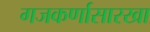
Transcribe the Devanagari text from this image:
गजकर्णासारखा